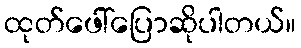
ထုတ်ဖေါ်ပြောဆိုပါတယ်။